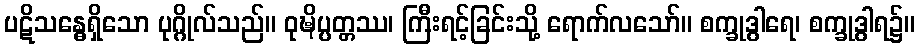
ပဋိသန္ဓေရှိသော ပုဂ္ဂိုလ်သည်။ ဝုဍ္ဎိပ္ပတ္တဿ၊ ကြီးရင့်ခြင်းသို့ ရောက်လသော်။ စက္ခုဒွါရေ၊ စက္ခုဒွါရ၌။